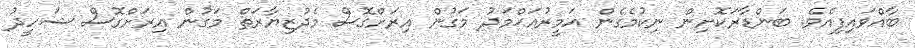
ބާއްވައިފިއެވެ. ބަންޑާރަކޮށިން ނިކުމެގެން އަމީރުއަޙްމަދު މަގުން އިރަށްގޮސް މެދުޒިޔާރަތް މަގުން އިރަށްގޮސް ޝަހީދު